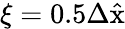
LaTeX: \xi=0.5\Delta\hat{\mathrm{x}}